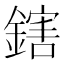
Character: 鎋